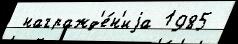
 награжд'е́н'иjа 1985